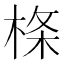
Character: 𣔌